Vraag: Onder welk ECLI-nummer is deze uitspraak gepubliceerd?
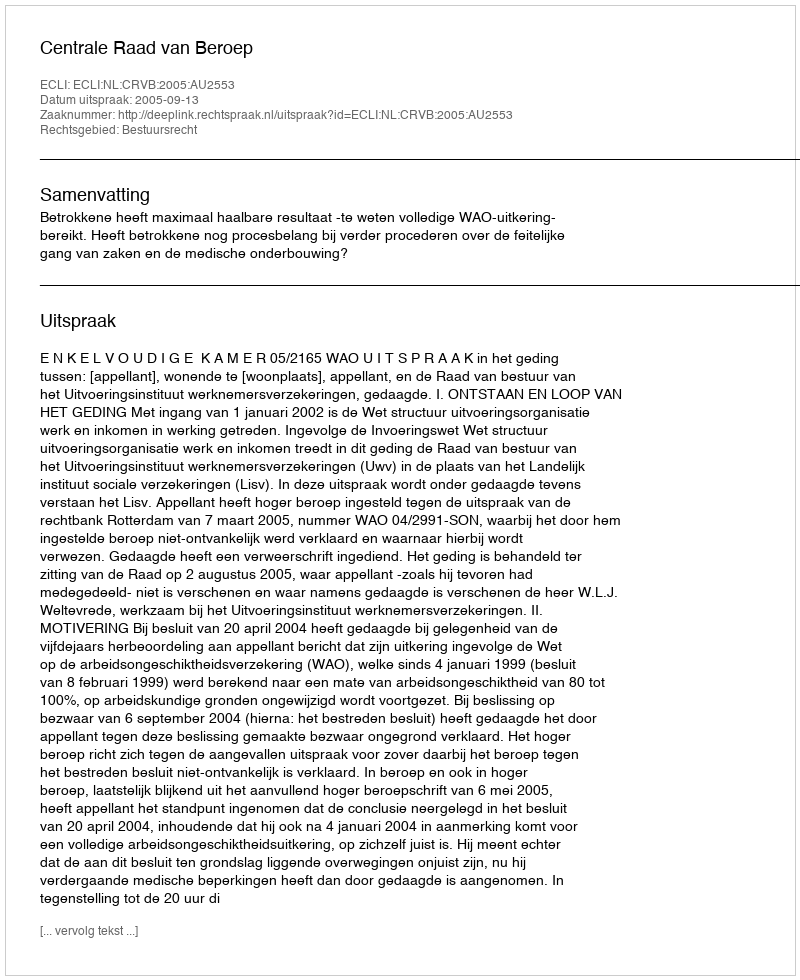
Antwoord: ECLI:NL:CRVB:2005:AU2553